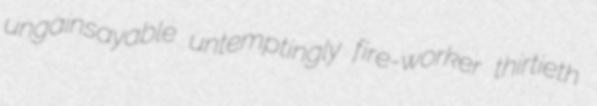
ungainsayable untemptingly fire-worker thirtieth